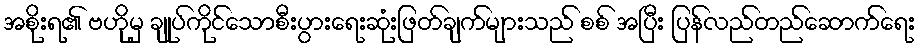
အစိုးရ၏ ဗဟိုမှ ချုပ်ကိုင်သောစီးပွားရေးဆုံးဖြတ်ချက်များသည် စစ် အပြီး ပြန်လည်တည်ဆောက်ရေး